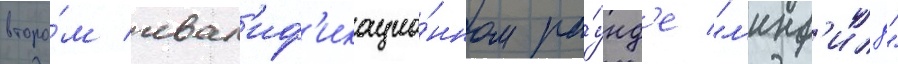
второ́м квал'иф'икацио́нном ра́унд'е "л'инф'илд"